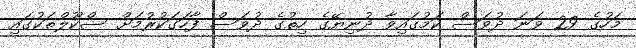
މަހުގެ 29 ވަނަ ދުވަސް ކަމުގައިވާ ދުނިޔޭގެ ހިތުގެ ދުވަސް ފާހަގަކުރުމަށް ސްކޫލްތަކުގައި